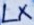
Text: LX